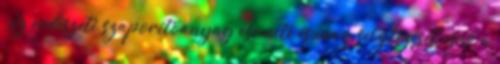
Az erdészeti szaporítóanyag csemete és mag selejtezését csak a